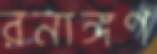
রনাঙ্গণ